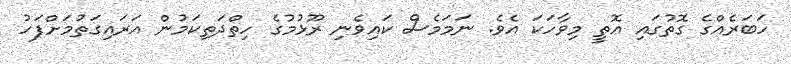
ހަބަރެއްގެ ގޮތުގައި އޮތީ މިވާހަކަ އެވެ. ނަމަމެސް ކައިވެނި ރޫޅުމުގެ ހިތްދަތިކަމުން އަރައިގަތުމަށްފަހު